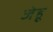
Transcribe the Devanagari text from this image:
जेहू